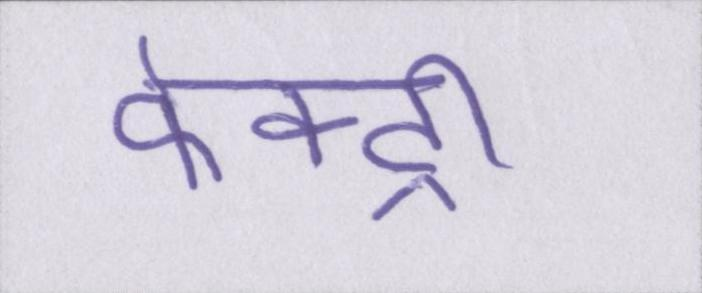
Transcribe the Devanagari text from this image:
फेक्ट्री